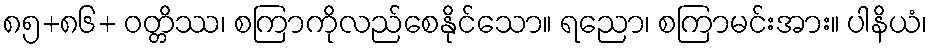
၈၅+၈၆+ ဝတ္တိဿ၊ စကြာကိုလည်စေနိုင်သော။ ရညော၊ စကြာမင်းအား။ ပါနိယံ၊